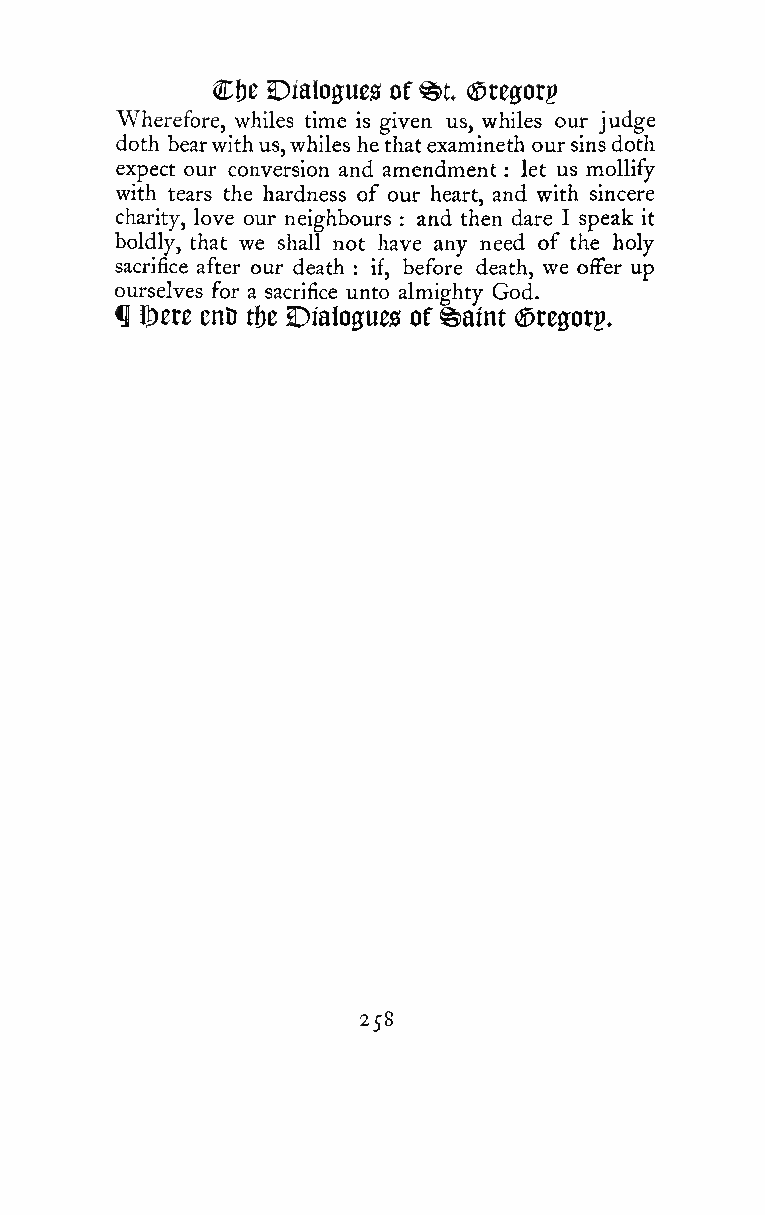
Cfte Dialogues of ^t. (Sregotp
 Wherefore, whiles time is given us, whiles our judge
 doth bearwithus,whiles he thatexamlneth oursinsdoth
 expect our conversion and amendment : let us mollify
 with tears the hardness of our heart, and with sincere
 charity, love our neighbours : and then dare I speak it
 boldly, that we shall not have any need of the holy
 sacrifice after our death : if, before death, we offer up
 ourselves for a sacrifice unto almighty God.
 ^ ^ere em tht Dialogues of ©aint (Sregorp.
 258